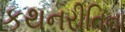
કથનરીતિના